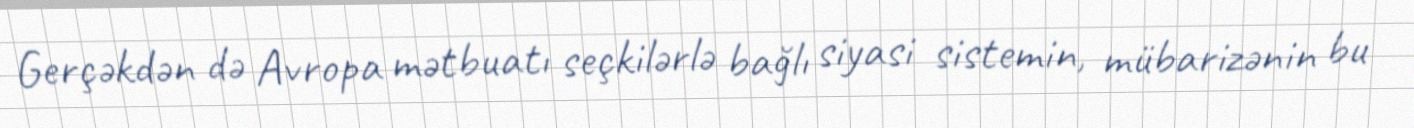
Gerçəkdən də Avropa mətbuatı seçkilərlə bağlı siyasi sistemin, mübarizənin bu